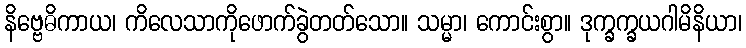
နိဗ္ဗေဓိကာယ၊ ကိလေသာကိုဖောက်ခွဲတတ်သော။ သမ္မာ၊ ကောင်းစွာ။ ဒုက္ခက္ခယဂါမိနိယာ၊